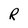
Character: R